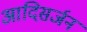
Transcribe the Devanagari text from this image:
आदिसर्जन